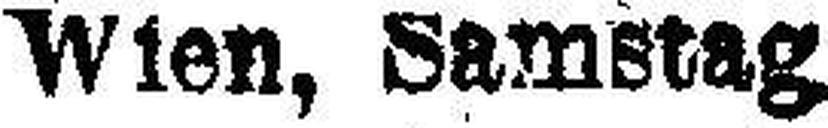
Wien, Samstag